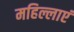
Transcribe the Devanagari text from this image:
महिल्लाएं